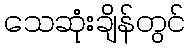
သေဆုံးချိန်တွင်